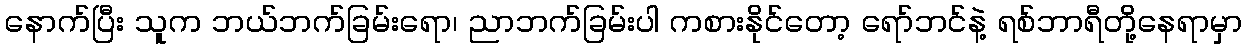
နောက်ပြီး သူက ဘယ်ဘက်ခြမ်းရော၊ ညာဘက်ခြမ်းပါ ကစားနိုင်တော့ ရော်ဘင်နဲ့ ရစ်ဘာရီတို့နေရာမှာ